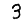
Digit: 3